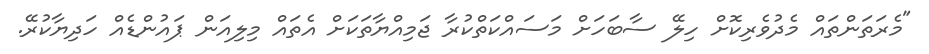
"މެރަތަންތައް މެދުވެރިކޮށް ހިލޭ ސާބަހަށް މަސައްކަތްކުރާ ޖަމިއްޔާތަކަށް އެތައް މިލިއަން ޕައުންޑެއް ހަދިޔާކުރޭ.